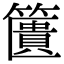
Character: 籄